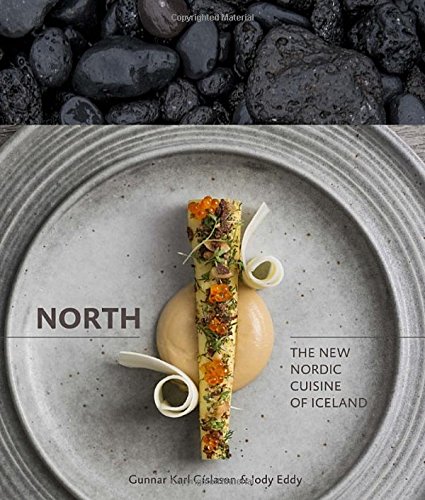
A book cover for North: The New Nordic Cuisine of Iceland; Gunnar Karl GÃ­slason; Cookbooks, Food & Wine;